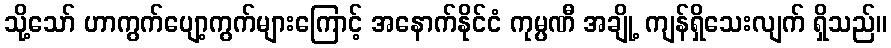
သို့သော် ဟာကွက်ပျော့ကွက်များကြောင့် အနောက်နိုင်ငံ ကုမ္ပဏီ အချို့ ကျန်ရှိသေးလျက် ရှိသည်။